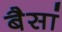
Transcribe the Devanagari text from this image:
बैसां